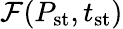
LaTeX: \mathcal{F}(P_{\mathrm{{st}}},t_{\mathrm{{st}}})